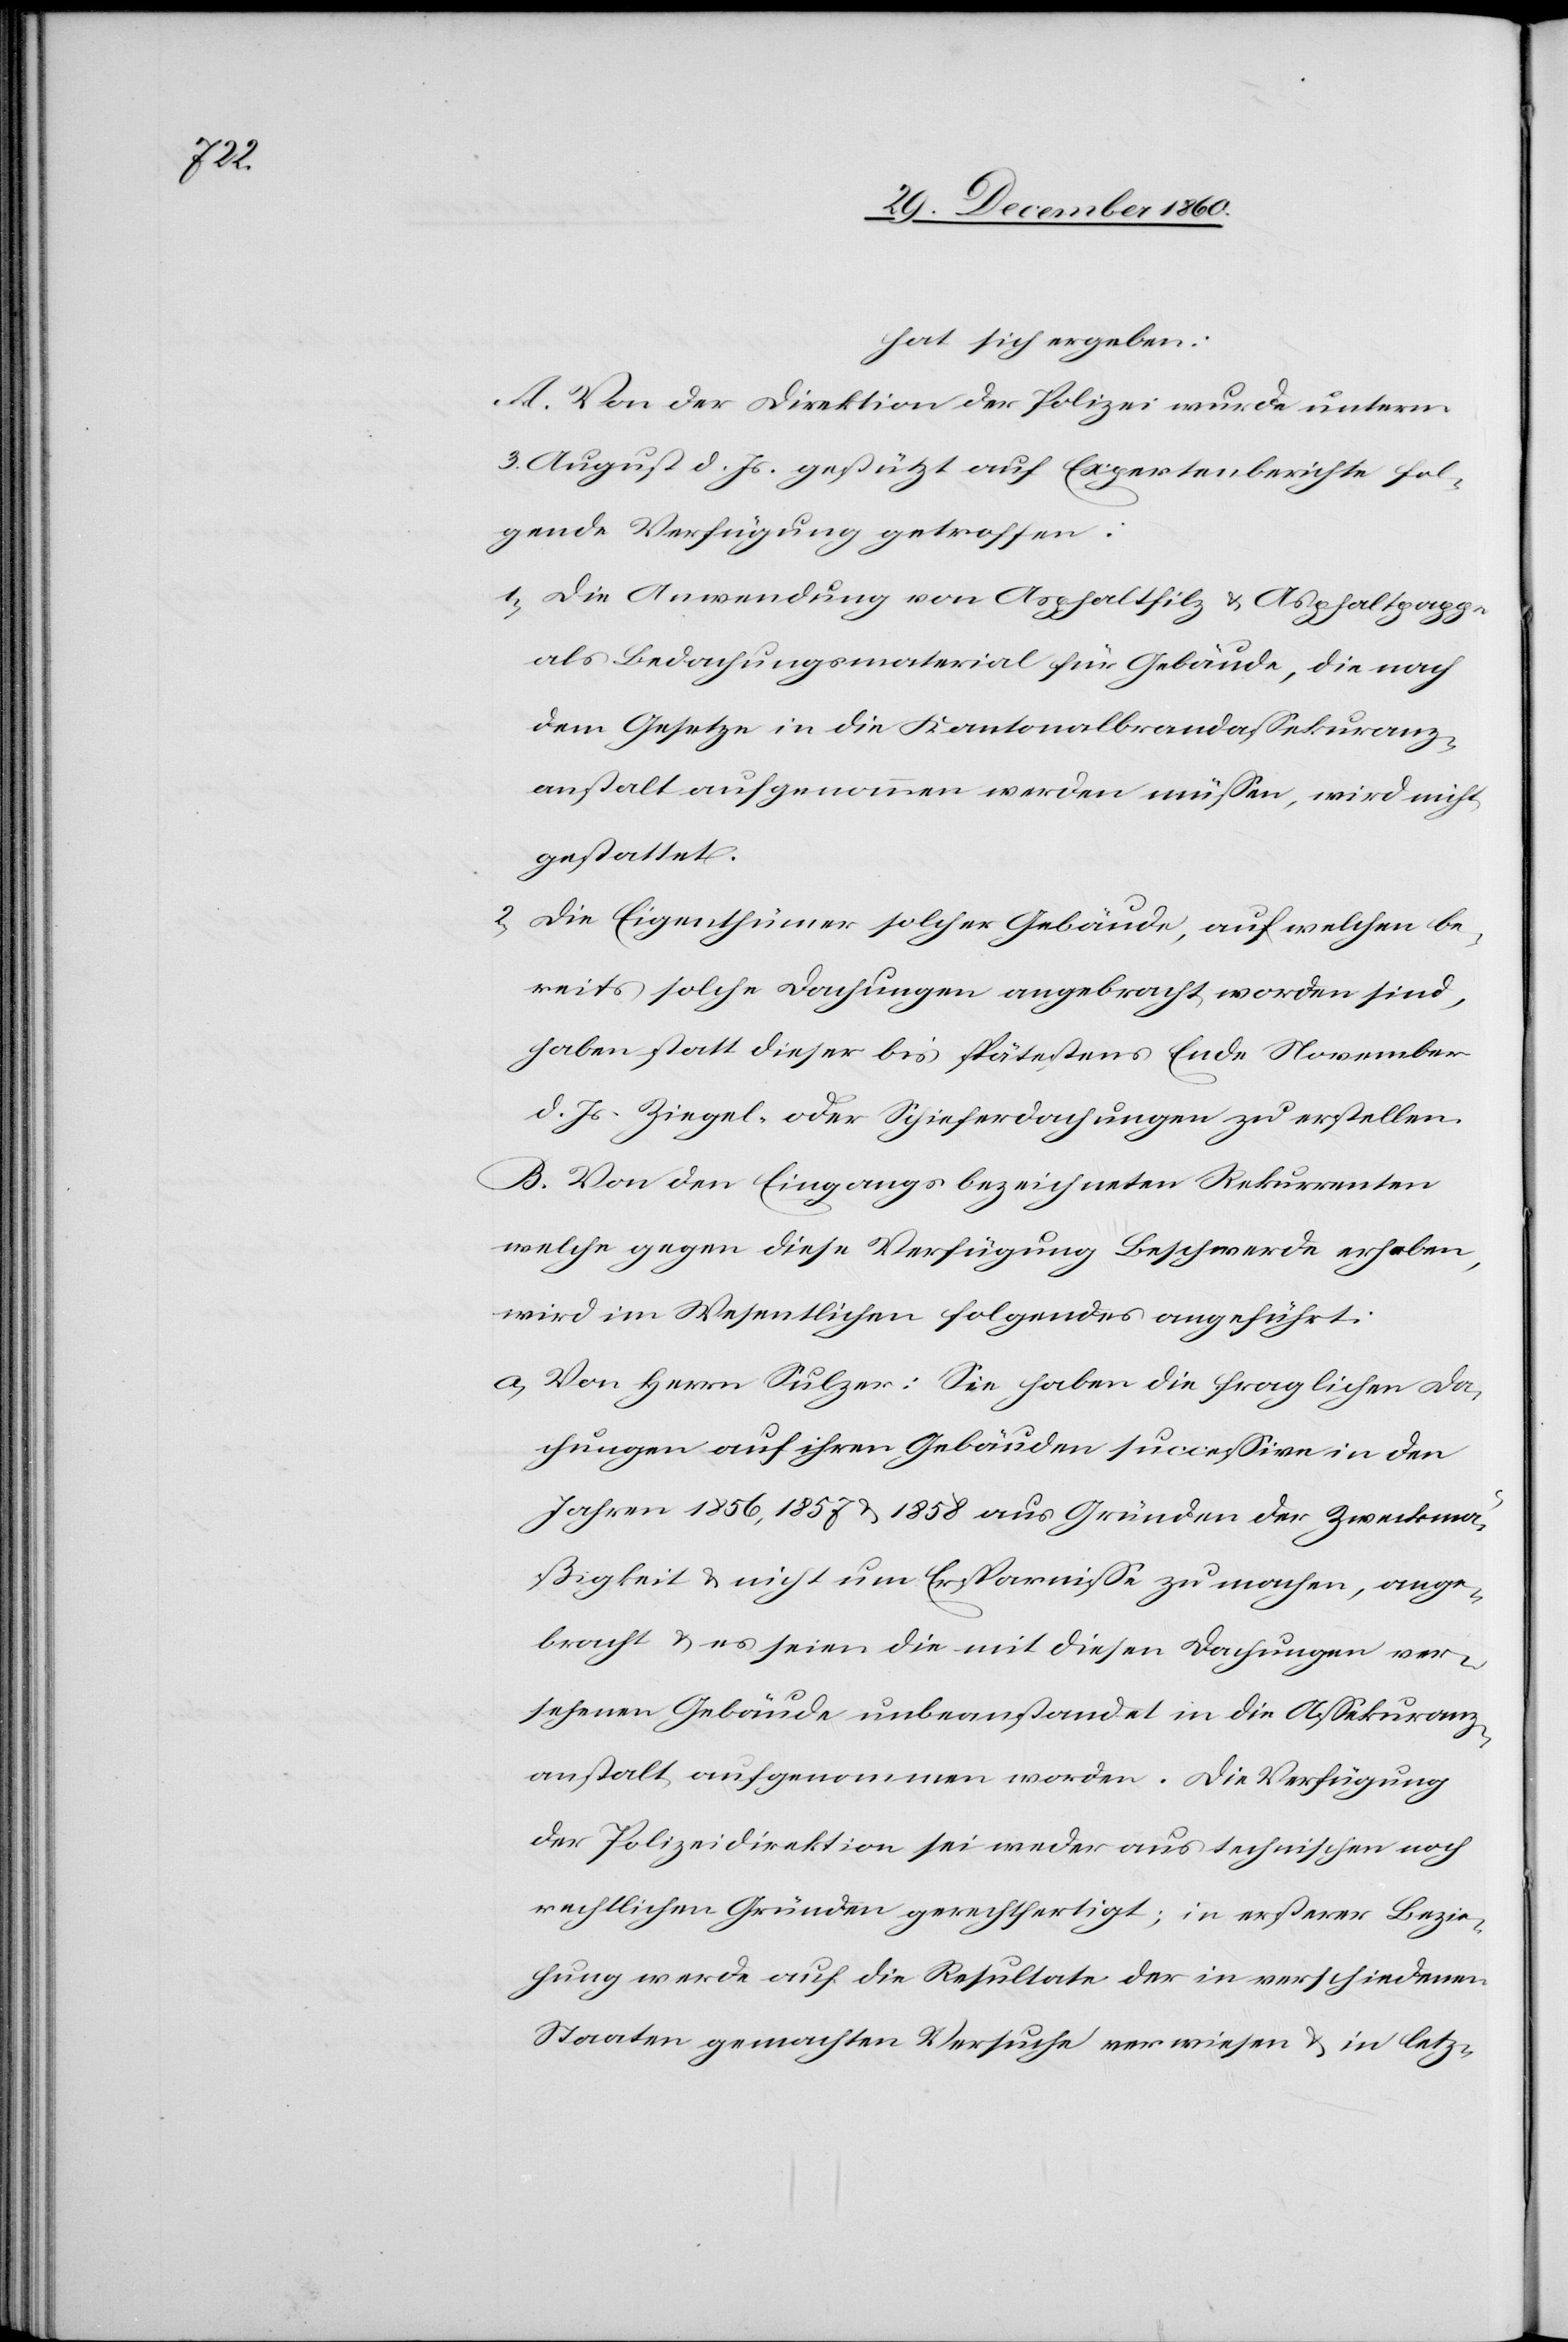
hat sich ergeben:
A. Von der Direktion der Polizei wurde unterm
3. August d. Js. gestützt auf Expertenberichte fol¬
gende Verfügung getroffen:
1. Die Anwendung von Asphaltfilz u. Asphaltpappe
als Bedachungsmaterial für Gebäude, die nach
dem Gesetze in die Kantonalbrandassekuranz¬
anstalt aufgenommen werden müssen, wird nicht
gestattet.
2. Die Eigenthümer solcher Gebäude, auf welchen be¬
reits solche Dachungen angebracht worden sind,
haben statt dieser bis spätestens Ende November
d. Js. Ziegel- oder Schieferdachungen zu erstellen.
B. Von den Eingangs bezeichneten Rekurrenten
welche gegen diese Verfügung Beschwerde erhoben,
wird im Wesentlichen folgendes angeführt:
a. Von Herrn Sulzer: Sie haben die fraglichen Da¬
chungen auf ihren Gebäuden successive in den
Jahren 1856, 1857 u. 1858 aus Gründen der Zweckmä¬
ßigkeit u. nicht um Ersparnisse zu machen, ange¬
bracht u. es seien die mit diesen Dachungen ver¬
sehenen Gebäude unbeanstandet in die Assekuranz¬
anstalt aufgenommen worden. Die Verfügung
der Polizeidirektion sei weder aus technischen noch
rechtlichen Gründen gerechtfertigt; in ersterer Bezie¬
hung werde auf die Resultate der in verschiedenen
Staaten gemachten Versuche verwiesen u. in letz-